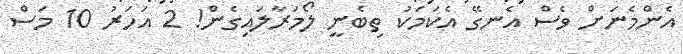
އެންމެނަށް ވެސް އެނގޭ އެކަމަކު ތިބެނީ ލޯމަރާލައިގެން! 2 އަހަރު 10 މަސް